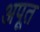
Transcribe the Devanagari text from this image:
अपूत